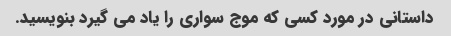
داستانی در مورد کسی که موج سواری را یاد می گیرد بنویسید.